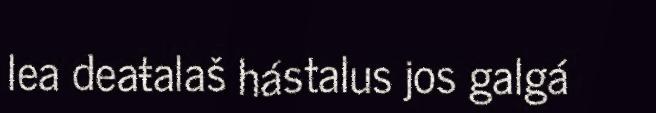
lea deaŧalaš hástalus jos galgá